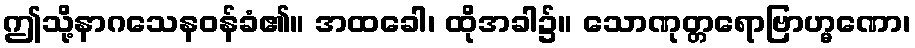
ဤသို့နာဂသေနဝန်ခံ၏။ အထခေါ၊ ထိုအခါ၌။ သောဏုတ္တရောဗြာဟ္မဏော၊